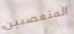
المتعصبين